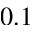
0 . 1